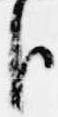
臣